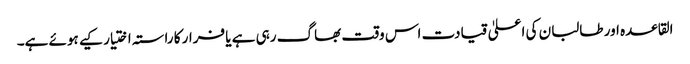
القاعدہ اور طالبان کی اعلیٰ قیادت اس وقت بھاگ رہی ہے یا فرار کا راستہ اختیار کیے ہوئے ہے۔